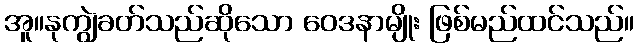
အူ။နုကျွဲခတ်သည်ဆိုသော ဝေဒနာမျိုး ဖြစ်မည်ထင်သည်။